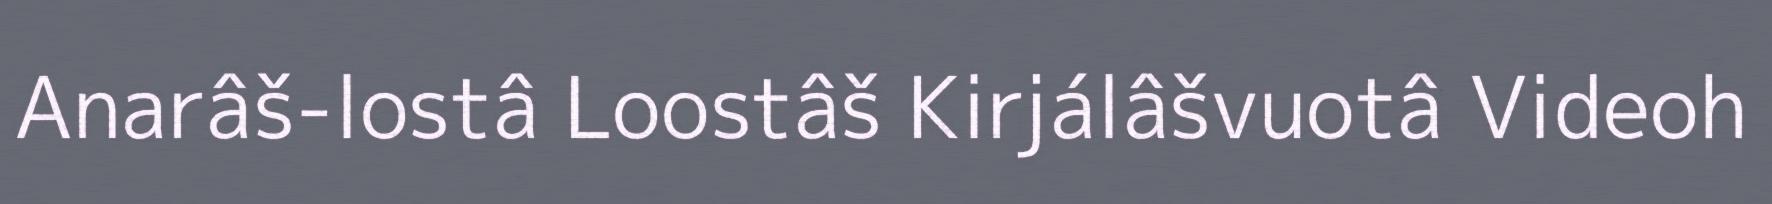
Anarâš-lostâ Loostâš Kirjálâšvuotâ Videoh